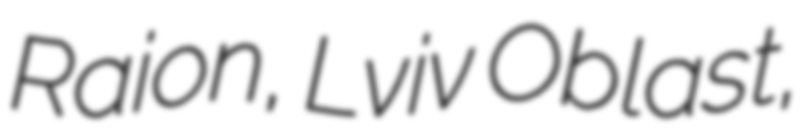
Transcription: Raion, Lviv Oblast,